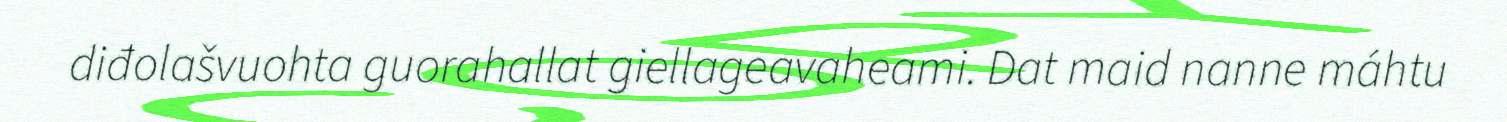
diđolašvuohta guorahallat giellageavaheami. Dat maid nanne máhtu